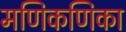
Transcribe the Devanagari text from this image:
मणिकणिका